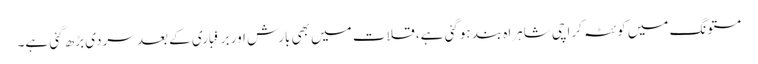
مستونگ میں کوئٹہ کراچی شاہراہ بند ہوگئی ہے، قلات میں بھی بارش اور برفباری کے بعد سردی بڑھ گئی ہے۔